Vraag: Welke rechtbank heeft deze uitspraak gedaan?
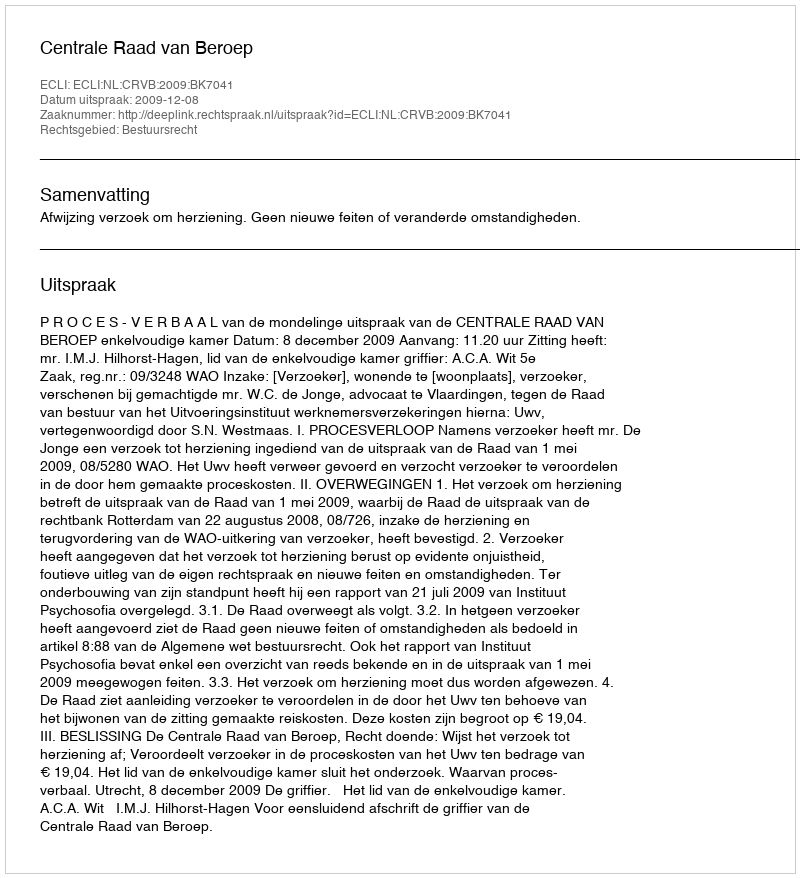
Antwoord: Centrale Raad van Beroep